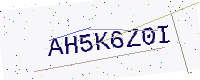
Text: AH5K6Z0I